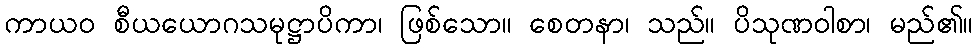
ကာယဝ စီယယောဂသမုဋ္ဌာပိကာ၊ ဖြစ်သော။ စေတနာ၊ သည်။ ပိသုဏဝါစာ၊ မည်၏။